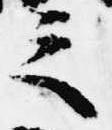
之